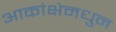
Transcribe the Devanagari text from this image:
आकांक्षेमधुन